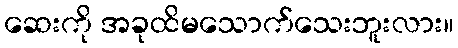
ဆေးကို အခုထိမသောက်သေးဘူးလား။